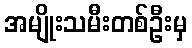
အမျိုးသမီးတစ်ဦးမှ